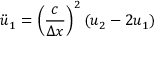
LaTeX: { \ddot { u } } _ { 1 } = { \left( { \frac { c } { \Delta x } } \right) } ^ { 2 } \left( u _ { 2 } - 2 u _ { 1 } \right)